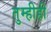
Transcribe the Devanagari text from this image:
तुम्हीही